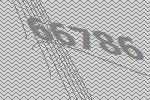
66786